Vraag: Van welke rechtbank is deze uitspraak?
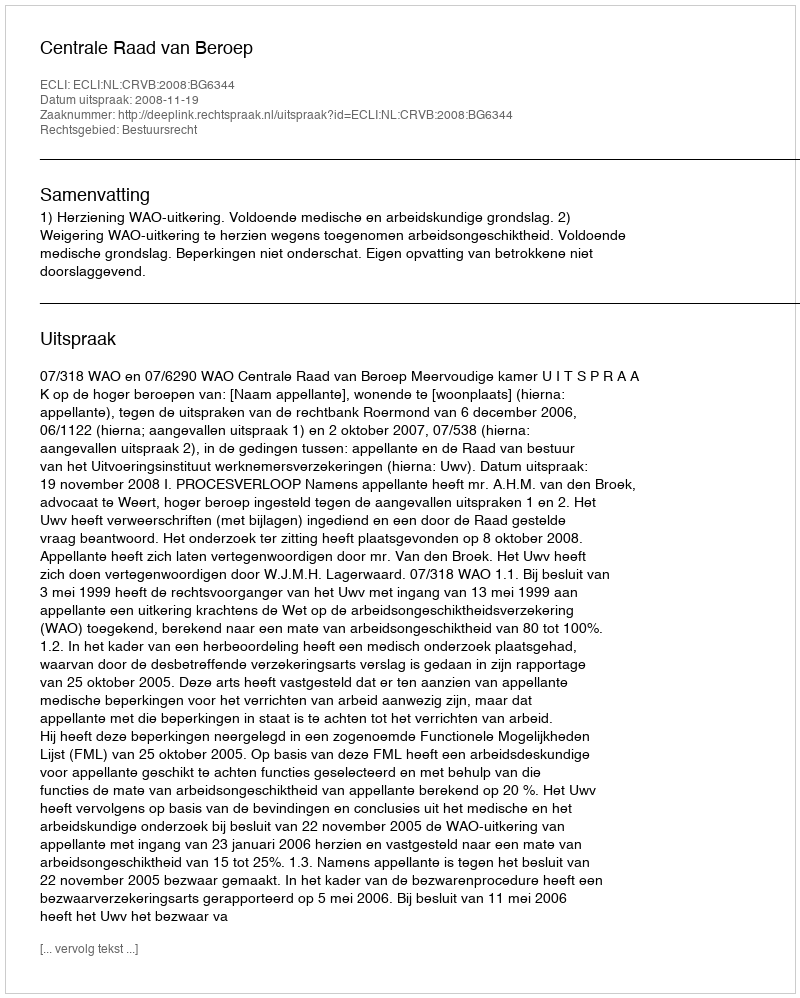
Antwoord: Centrale Raad van Beroep